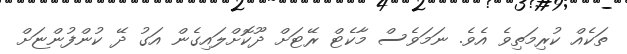
ތަކެއް ކުރިމަތިވެ އެވެ. ނަމަވެސް މާކެޓް ރޭޓަށް ދޫކޮށްލައިގެން އަގު ދޭ ކުންފުންޏަށް